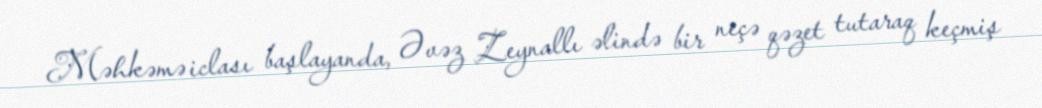
Məhkəmə iclası başlayanda, Əvəz Zeynallı əlində bir neçə qəzet tutaraq keçmiş